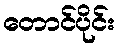
တောင်ပိုင်း